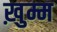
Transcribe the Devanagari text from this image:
ख़ुम्म